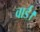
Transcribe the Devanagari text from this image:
वार्ड।